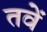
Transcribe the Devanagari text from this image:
तवें